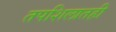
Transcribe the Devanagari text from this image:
तपशिलातही